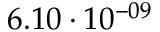
6 . 1 0 \cdot 1 0 ^ { - 0 9 }